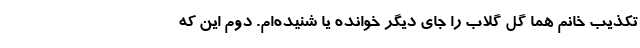
تکذیب خانم هما گل گلاب را جای دیگر خوانده یا شنیده‌ام. دوم این که